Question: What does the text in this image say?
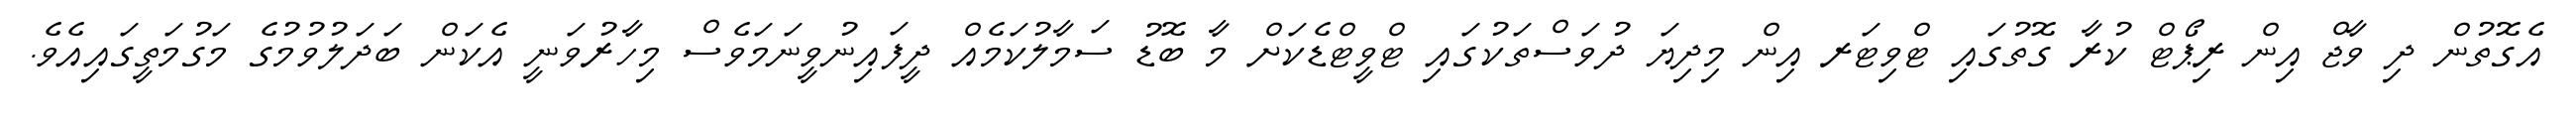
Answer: އެގޮތުން ދި ވާޖް އިން ރިޕޯޓް ކުރާ ގޮތުގައި ޓްވިޓަރ އިން މިދިޔަ ދުވަސްތަކުގައި ޓްވީޓްޑެކަށް މާ ބޮޑު ސަމާލުކަމެއް ދީފައިނުވީނަމަވެސް މިހާރުވަނީ އެކަން ބަދަލުވުމުގެ މަގުމަތީގައިއެވެ.